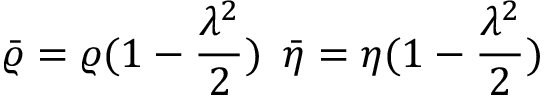
\bar { \varrho } = \varrho ( 1 - \frac { \lambda ^ { 2 } } { 2 } ) \, \, \, \bar { \eta } = \eta ( 1 - \frac { \lambda ^ { 2 } } { 2 } )